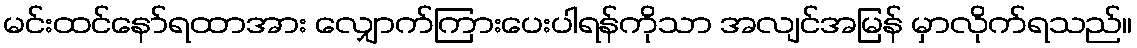
မင်းထင်နော်ရထာအား လျှောက်ကြားပေးပါရန်ကိုသာ အလျင်အမြန် မှာလိုက်ရသည်။